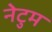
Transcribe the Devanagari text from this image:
नेटुम